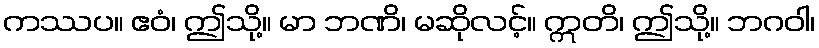
ကဿပ။ ဧဝံ၊ ဤသို့။ မာ ဘဏိ၊ မဆိုလင့်။ ဣတိ၊ ဤသို့။ ဘဂဝါ၊